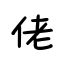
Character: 佬